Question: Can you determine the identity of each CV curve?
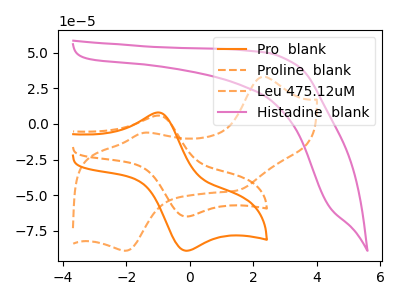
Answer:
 <answer>The orange curve is labeled "Pro  blank". The orange dashed curve is labeled "Proline  blank". The orange dashed curve is labeled "Leu 475.12uM". The pink curve is labeled "Histadine  blank".</answer>
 <eval></eval>